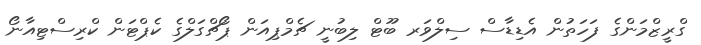
ގްރީޒްމަންގެ ފަހަތުން އެޑިޑާސް ސިލްވަރ ބޫޓް ލިބުނީ ޗެމްޕިއަން ޕޯޗްގަލްގެ ކެޕްޓަން ކްރިސްޓިއާނޯ